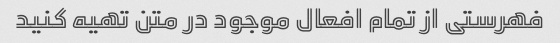
فهرستی از تمام افعال موجود در متن تهیه کنید